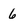
Character: 6